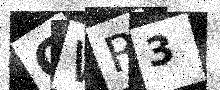
Text: OWR3